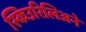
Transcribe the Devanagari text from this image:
स्किउरिलिअने